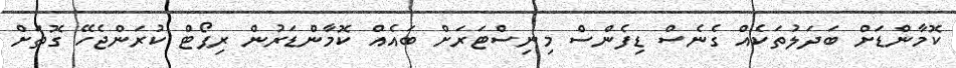
ކޮމާންޑަށް ބަދަލުތަކެއް ގެނެސް ޑިފެންސް މިނިސްޓަރަށް ބައެއް ކޮމާންޑަރުން ރިޕޯޓް ކުރަންޖެހޭ ގޮތަށް